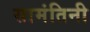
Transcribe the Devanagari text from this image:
सामंतिनी